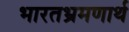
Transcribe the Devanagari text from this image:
भारतभ्रमणार्थ